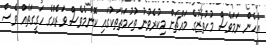
އެެހެން ނަމަވެސް މުހުތާޒުގެ މައްޗަށް މިކުރެވުނު ތުހުމަތުތަކުގައި ކޮންމެވެސް ވަރެއްގެ ހަގީގަތެއް ވެސް